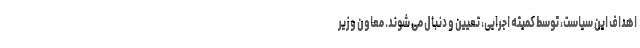
اهداف این سیاست، توسط کمیته اجرایی، تعیین و دنبال می شوند. معاون وزیر